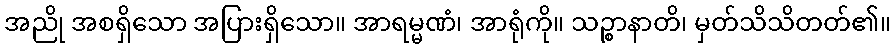
အညို အစရှိသော အပြားရှိသော။ အာရမ္မဏံ၊ အာရုံကို။ သဉ္စာနာတိ၊ မှတ်သိသိတတ်၏။